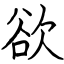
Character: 欲